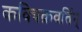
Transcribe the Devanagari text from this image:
कविचक्रवर्तिन्